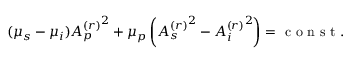
\begin{array} { r } { ( \mu _ { s } - \mu _ { i } ) { A _ { p } ^ { ( r ) } } ^ { 2 } + \mu _ { p } \left( { A _ { s } ^ { ( r ) } } ^ { 2 } - { A _ { i } ^ { ( r ) } } ^ { 2 } \right) = \mathrm { ~ c ~ o ~ n ~ s ~ t ~ } . } \end{array}